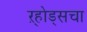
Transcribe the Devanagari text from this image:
ऱ्होड्सचा